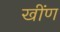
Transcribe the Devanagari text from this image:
खींण